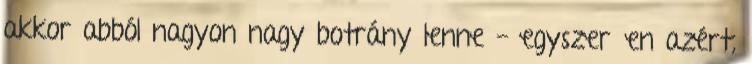
akkor abból nagyon nagy botrány lenne - egyszerűen azért,